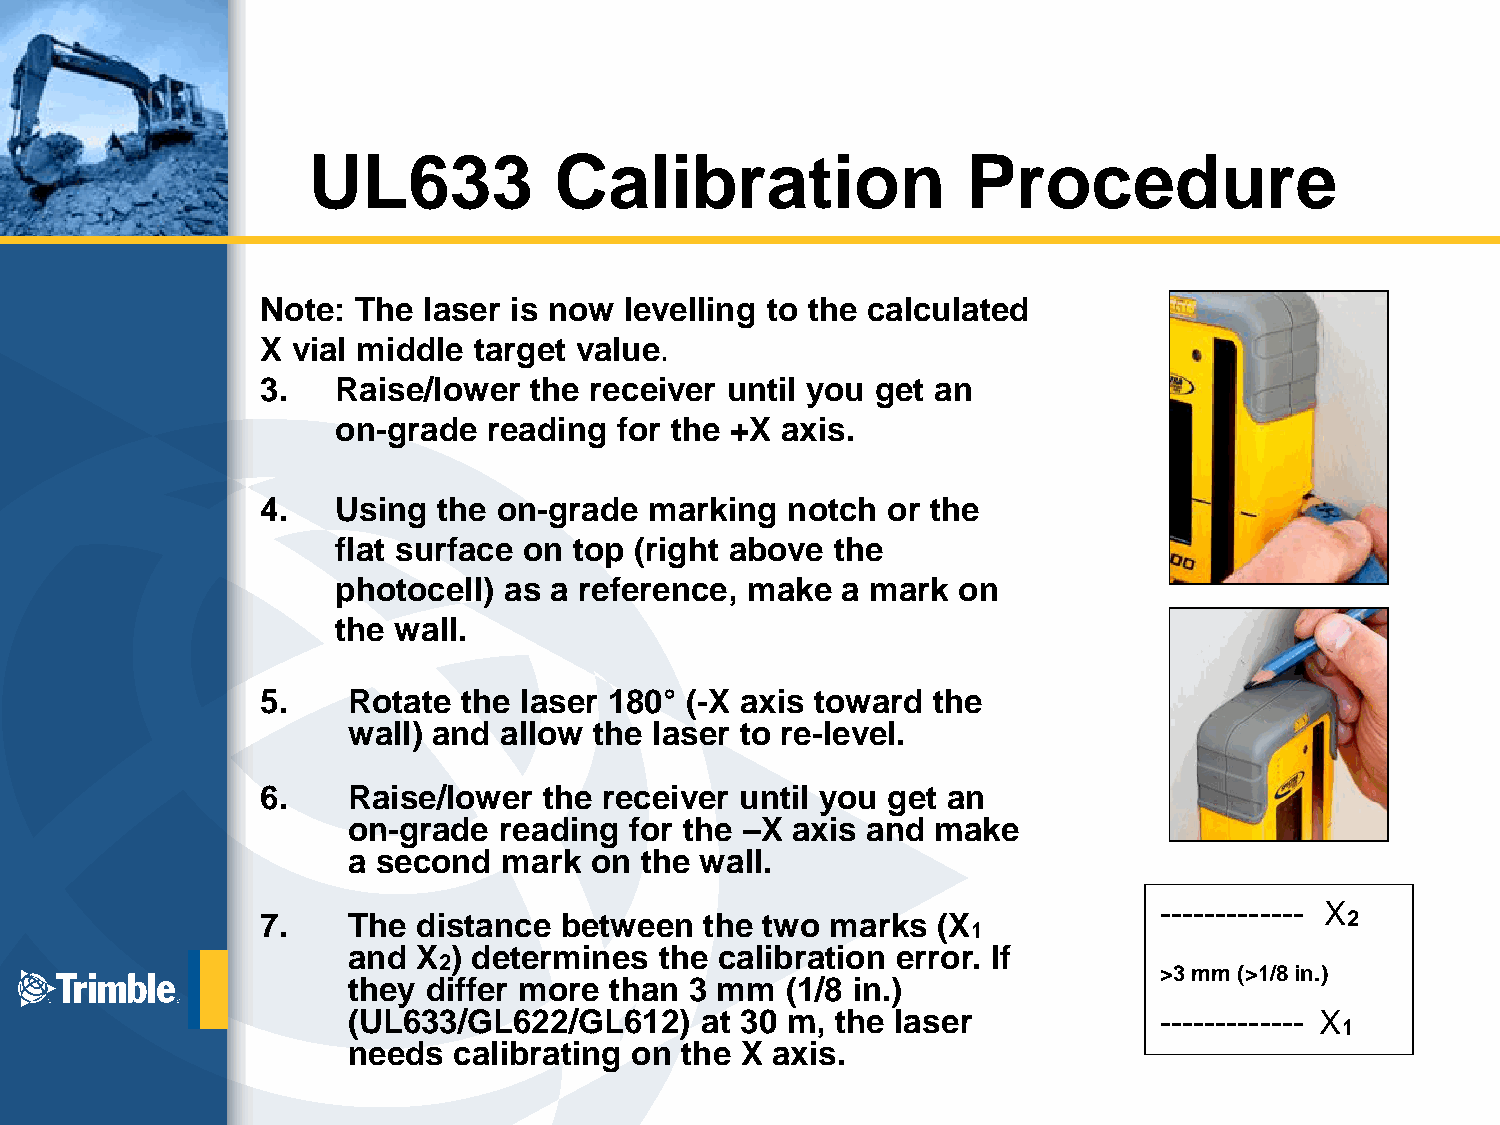
UL633            Calibration                Procedure
 Note: The  laser is now levelling to the calculated
 X vial middle target value.
 3.   Raise/lower  the receiver until you get an
 on-grade  reading  for the +X axis.
 4.   Using  the on-grade  marking  notch  or the
 flat surface on top (right above the
 photocell) as a reference, make   a mark on
 the wall.
 5.    Rotate  the laser 180° (-X axis toward the
 wall) and allow the laser to re-level.
 6.    Raise/lower  the receiver until you get an
 on-grade  reading  for the –X axis and make
 a second  mark  on the wall.
 ------------- X
 7.    The  distance between   the two marks  (X                         2
 1
 and  X ) determines  the calibration error. If
 2
 >3 mm (>1/8 in.)
 they differ more than  3 mm  (1/8 in.)
 (UL633/GL622/GL612)    at 30 m, the laser             ------------- X
 1
 needs  calibrating on the X axis.